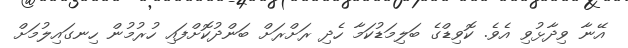
އޭނާ ވިދާޅުވި އެވެ. ކޮވިޑްގެ ބަލިމަޑުކަމާ ހެދި ރަށްރަށް ބަންދުކޮށްފައި ހުރުމުން ހިނގައިލުމަށް